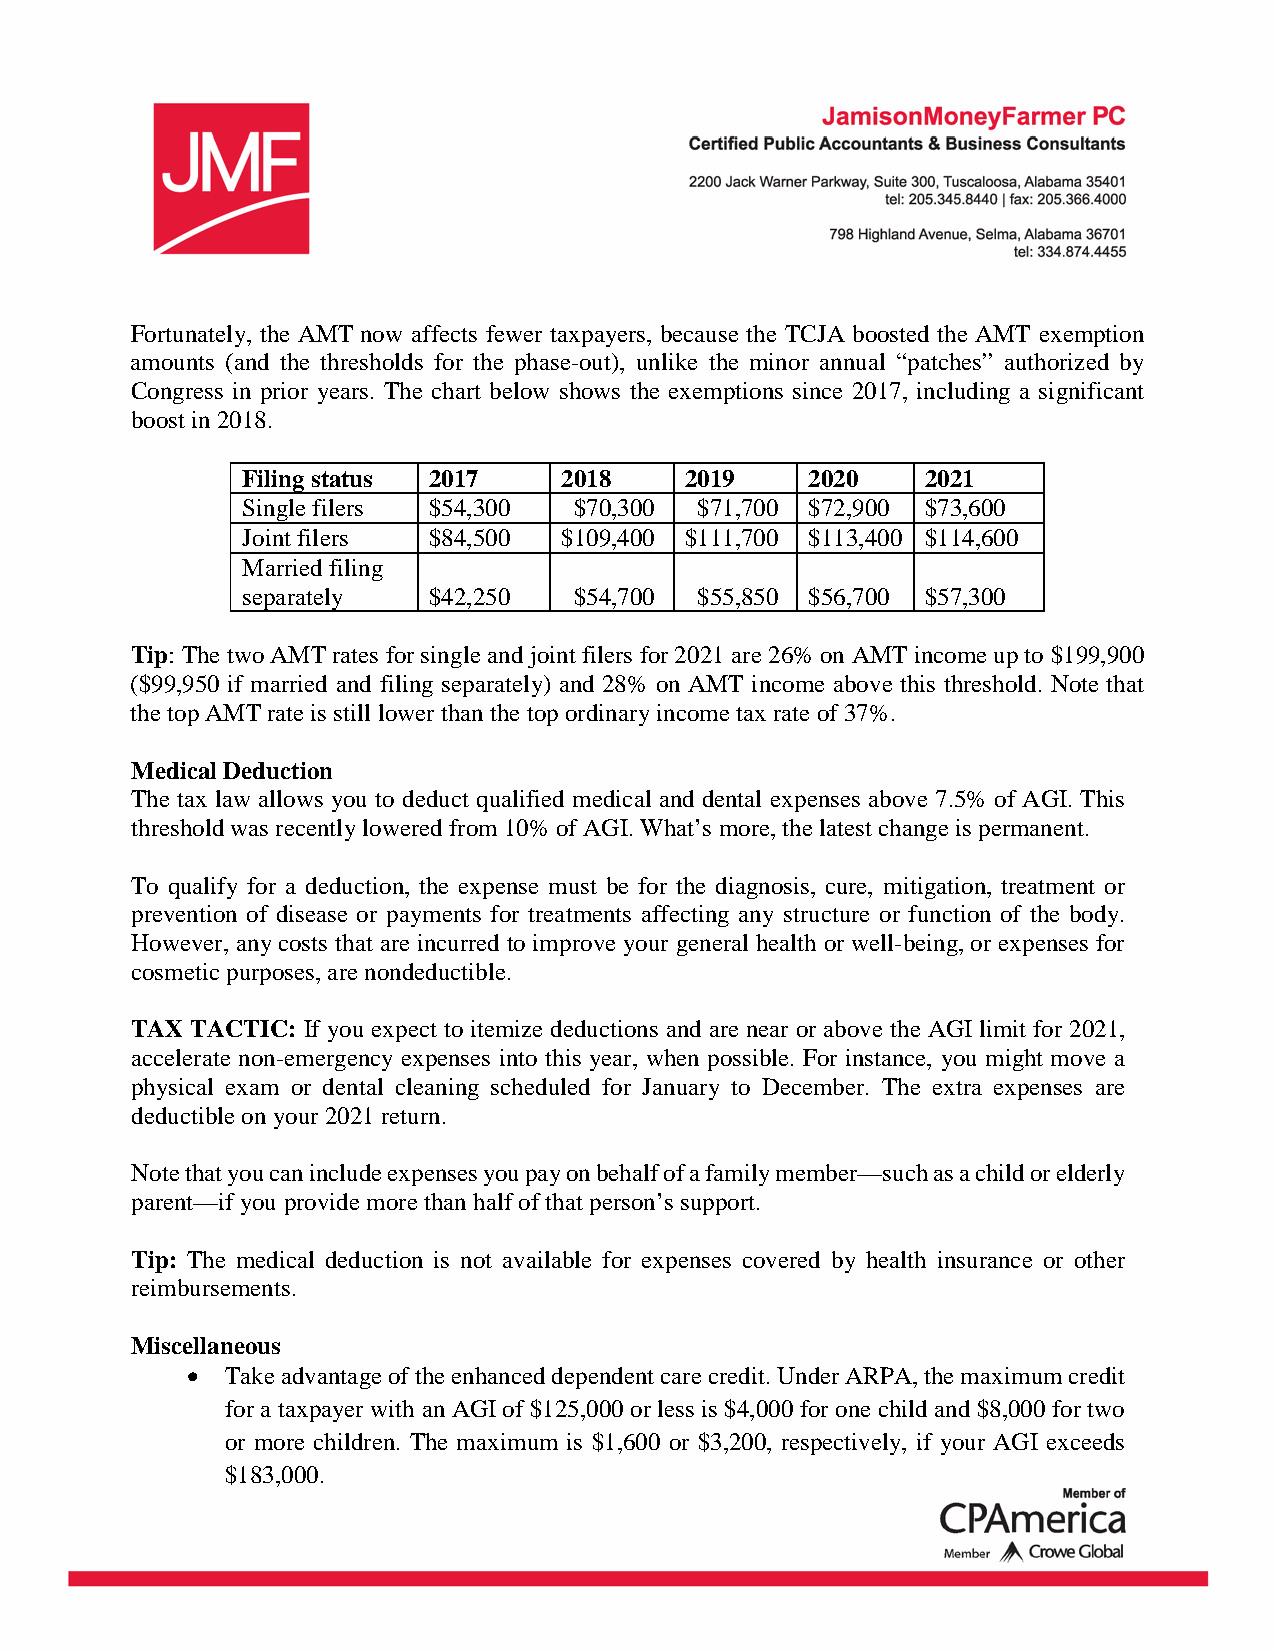
Fortunately, the AMT now affects fewer taxpayers, because the TCJA boosted the AMT exemption
 amounts (and the thresholds for the phase-out), unlike the minor annual “patches” authorized by
 Congress in prior years. The chart below shows the exemptions since 2017, including a significant
 boost in 2018.
 Filing status 2017   2018    2019     2020   2021
 Single filers $54,300 $70,300 $71,700 $72,900 $73,600
 Joint filers $84,500 $109,400 $111,700 $113,400 $114,600
 Married filing
 separately  $42,250   $54,700 $55,850 $56,700 $57,300
 Tip: The two AMT rates for single and joint filers for 2021 are 26% on AMT income up to $199,900
 ($99,950 if married and filing separately) and 28% on AMT income above this threshold. Note that
 the top AMT rate is still lower than the top ordinary income tax rate of 37%.
 Medical Deduction
 The tax law allows you to deduct qualified medical and dental expenses above 7.5% of AGI. This
 threshold was recently lowered from 10% of AGI. What’s more, the latest change is permanent.
 To qualify for a deduction, the expense must be for the diagnosis, cure, mitigation, treatment or
 prevention of disease or payments for treatments affecting any structure or function of the body.
 However, any costs that are incurred to improve your general health or well-being, or expenses for
 cosmetic purposes, are nondeductible.
 TAX TACTIC: If you expect to itemize deductions and are near or above the AGI limit for 2021,
 accelerate non-emergency expenses into this year, when possible. For instance, you might move a
 physical exam or dental cleaning scheduled for January to December. The extra expenses are
 deductible on your 2021 return.
 Note that you can include expenses you pay on behalf of a family member—such as a child or elderly
 parent—if you provide more than half of that person’s support.
 Tip: The medical deduction is not available for expenses covered by health insurance or other
 reimbursements.
 Miscellaneous
 •  Take advantage of the enhanced dependent care credit. Under ARPA, the maximum credit
 for a taxpayer with an AGI of $125,000 or less is $4,000 for one child and $8,000 for two
 or more children. The maximum is $1,600 or $3,200, respectively, if your AGI exceeds
 $183,000.